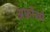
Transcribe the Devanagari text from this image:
अफ़ोंसो